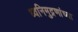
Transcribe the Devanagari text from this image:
ध्वनिमुद्रणांच्या